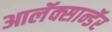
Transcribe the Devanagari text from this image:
आलॅक्सान्डॅर